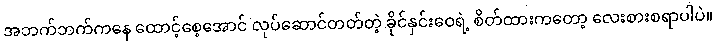
အဘက်ဘက်ကနေ ထောင့်စေ့အောင် လုပ်ဆောင်တတ်တဲ့ ခိုင်နှင်းဝေရဲ့ စိတ်ထားကတော့ လေးစားစရာပါပဲ။